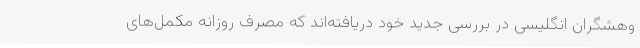
وهشگران انگلیسی در بررسی جدید خود دریافته‌اند که مصرف روزانه مکمل‌های